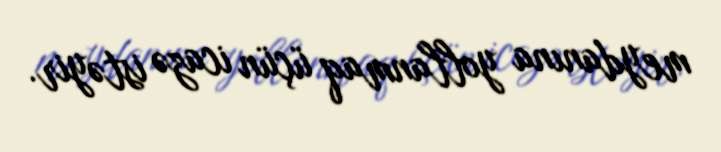
meydanına yollanmaq üçün icazə istəyir.